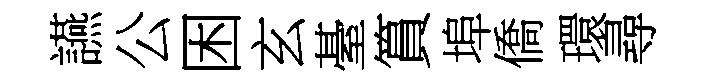
讌公困玄䑓篔埠僑環尋